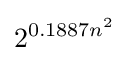
2^{0.1887n^{2}}